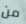
من